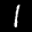
Label: 1